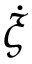
\dot { \xi }